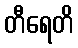
တီရေတိ